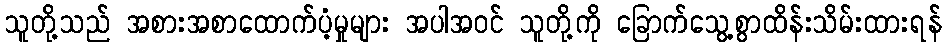
သူတို့သည် အစားအစာထောက်ပံ့မှုများ အပါအဝင် သူတို့ကို ခြောက်သွေ့စွာထိန်းသိမ်းထားရန်